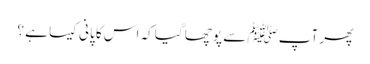
پھر آپﷺ سے پوچھا گیا کہ اس کا پانی کیسا ہے ؟